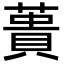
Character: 蕢